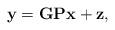
LaTeX: \begin{align*}\mathbf{y}=\mathbf{GPx}+\mathbf{z},\end{align*}